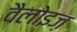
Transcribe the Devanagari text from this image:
वैलोइज़